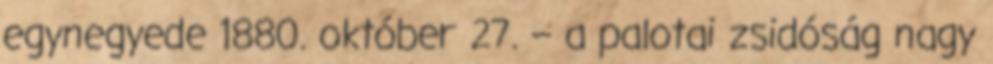
egynegyede 1880. október 27. – a palotai zsidóság nagy